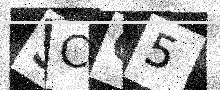
Text: SCQ5